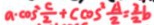
a \cdot \cos ^ { 2 } \frac { c } { 2 } + c \cos ^ { 2 } \frac { A } { 2 } = \frac { 3 } { 2 } b